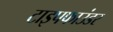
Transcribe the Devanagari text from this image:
टाइपफाउंडर